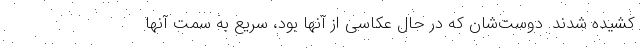
کشیده شدند. دوست‌شان که در حال عکاسی از آنها بود، سریع به سمت‌ آنها